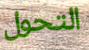
التحول